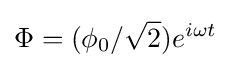
\Phi =(\phi _{0}/{\sqrt {2}})e^{i\omega t}